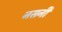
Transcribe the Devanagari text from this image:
नसनी